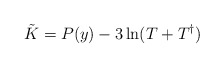
\begin{align*}\tilde{K} = P(y) -3 \ln(T+T^\dag) \end{align*}